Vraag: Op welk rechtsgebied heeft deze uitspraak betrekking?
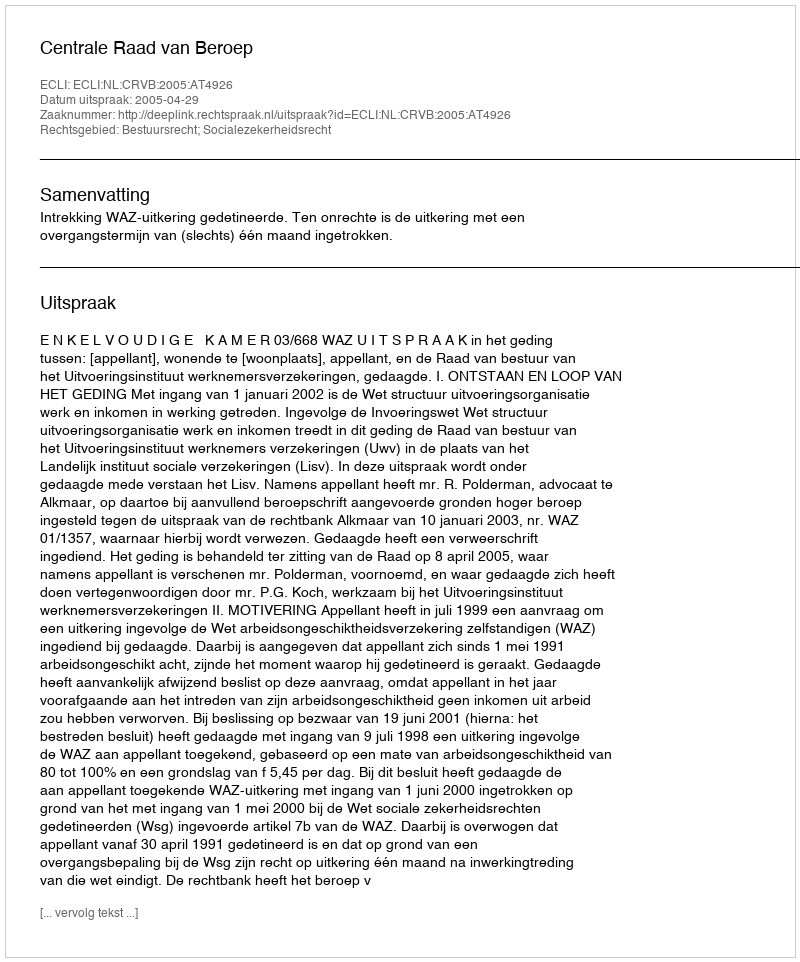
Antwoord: Bestuursrecht; Socialezekerheidsrecht